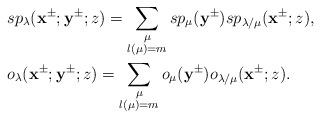
LaTeX: \begin{align*}&sp_\lambda(\mathbf{x}^{\pm};\mathbf{y}^{\pm};z)=\sum_{\substack{\mu\\l(\mu)=m }}sp_\mu(\mathbf{y}^{\pm})sp_{\lambda/\mu}(\mathbf{x}^{\pm};z),\\&o_\lambda(\mathbf{x}^{\pm};\mathbf{y}^{\pm};z)=\sum_{\substack{\mu\\l(\mu)=m }}o_\mu(\mathbf{y}^{\pm})o_{\lambda/\mu}(\mathbf{x}^{\pm};z).\end{align*}